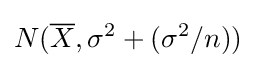
N({\overline {X}},\sigma ^{2}+(\sigma ^{2}/n))